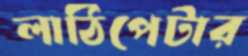
লাঠিপেটার